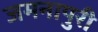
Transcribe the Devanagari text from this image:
जमनापुरी